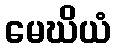
မေဃိယံ